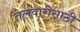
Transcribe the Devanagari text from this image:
तलवारीसाठी